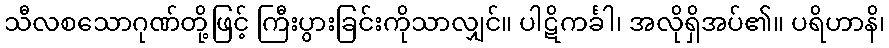
သီလစသောဂုဏ်တို့ဖြင့် ကြီးပွားခြင်းကိုသာလျှင်။ ပါဋိကင်္ခါ၊ အလိုရှိအပ်၏။ ပရိဟာနိ၊